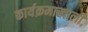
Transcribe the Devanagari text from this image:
कार्यक्रमाखाली